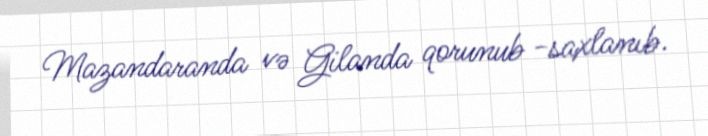
Mazandaranda və Gilanda qorunub -saxlanıb.